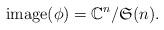
LaTeX: \begin{align*}\operatorname(\phi)=\mathbb C^n/\mathfrak{S}(n).\end{align*}